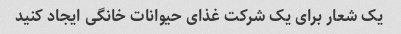
یک شعار برای یک شرکت غذای حیوانات خانگی ایجاد کنید